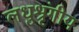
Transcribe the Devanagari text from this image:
लधुश्रृंगीय